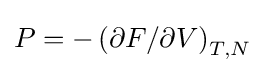
P=-\left(\partial F/\partial V\right)_{T,N}